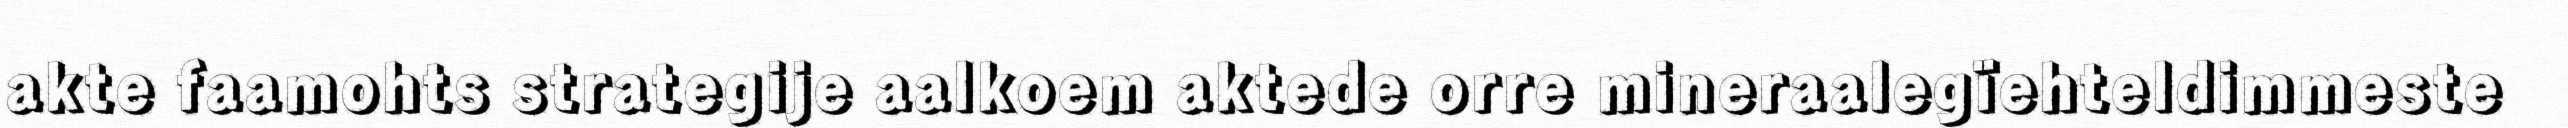
akte faamohts strategije aalkoem aktede orre mineraalegïehteldimmeste